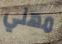
مهني